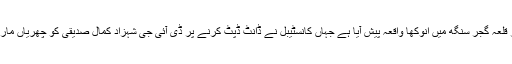
لاہور پولیس لائنز قلعہ گجر سنگھ میں انوکھا واقعہ پیش آیا ہے جہاں کانسٹیبل نے ڈانٹ ڈپٹ کرنے پر ڈی آئی جی شہزاد کمال صدیقی کو چھریاں مار کر زخمی کردیا۔